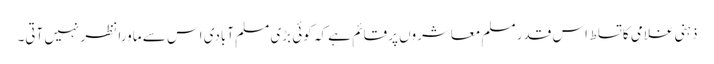
ذہنی غلامی کا تسلط اس قدر مسلم معاشروں پر قائم ہے کہ کوئی بڑی مسلم آبادی اس سے ماورا نظر نہیں آتی۔